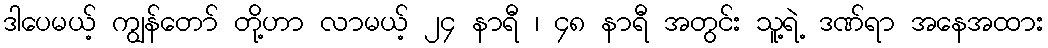
ဒါပေမယ့် ကျွန်တော် တို့ဟာ လာမယ့် ၂၄ နာရီ ၊ ၄၈ နာရီ အတွင်း သူ့ရဲ့ ဒဏ်ရာ အနေအထား